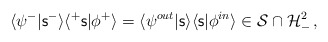
\begin{align*}\langle \psi ^- |{\mathsf s}^-\rangle \langle ^+{\mathsf s}| \phi ^+ \rangle = \langle \psi ^{out}|{\mathsf s}\rangle \langle {\mathsf s}| \phi ^{in}\rangle \in {\cal S}\cap {\cal H}_-^2 \, , \end{align*}